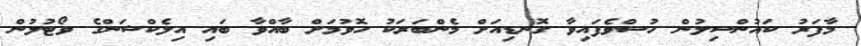
މާފަރު ކައުންސިލުން ހުސްވެފައިވާ ގޮނޑިއަށް މެންބަރަކު ހޮވުމަށް ބާއްވާ ބައި އިލެކްޝަންގެ ވޯޓުލުން